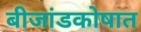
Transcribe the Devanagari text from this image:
बीजांडकोषात